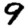
Digit: 9